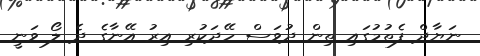
ނަޔާދް ފެތުމުގައި ތިން ދުވަސް ހޭދަކުރި އިރު އޭނާގެ ދެ ލޯ ވަނީ